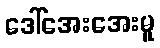
ဒေါ်အေးအေးမူ